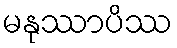
မနုဿာပိဿ